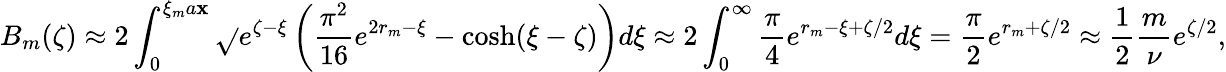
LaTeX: B_{m}(\zeta)\approx2\int_{0}^{\xi_{m}a\mathbf{x}}\sqrt{}{{e^{\zeta-\xi}\left(\frac{{\pi^{2}}}{{16}}e^{2r_{m}-\xi}-\cosh(\xi-\zeta)\right)}}d\xi\approx2\int_{0}^{\infty}\frac{{\pi}}{{4}}e^{r_{m}-\xi+\zeta/2}d\xi=\frac{{\pi}}{{2}}e^{r_{m}+\zeta/2}\approx\frac{{1}}{{2}}\frac{{m}}{{\nu}}e^{\zeta/2},